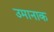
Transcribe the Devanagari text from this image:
उमानाक